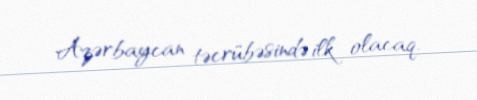
Azərbaycan təcrübəsində ilk olacaq.